Medical and sanitary report of the native army of Bengal for the year
Year: 1877
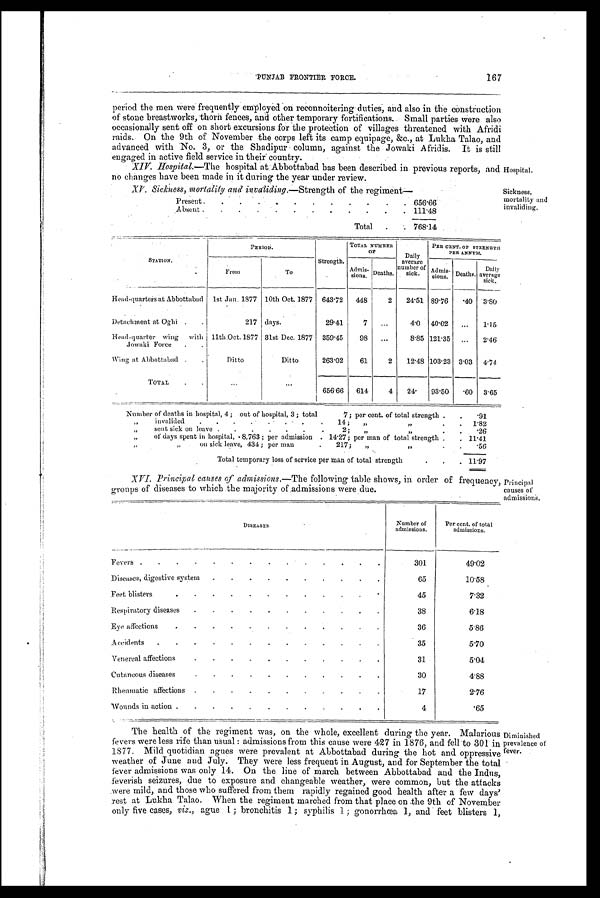
167
PUNJAB FRONTIER, FORCE.
period the men Were frequently employed on reconnoitering duties, and also in the construction
of stone breastworks, thorn fences, and other temporary fortifications. Small parties were also
occasionally sent off on short excursions for the protection of villages threatened with Afridi
raids. On the 9th of November the corps left its camp equipage, &c., at Lukha Talao, and
advanced with No. 3, or the Shadipur column, against the Jowaki Afridis. It is still
engaged in active field service in their country.
Hospital.—The
hospital at Abbottabad has been described in previous reports, and
no changes have been made in it during the year under review.
Sickness, morality and invaliding.—Strength of the regiment
Present
.
.
.
.
.
.
.
. .
. . 656.66
Absent
.
.
.
.
.
.
.
.
.
.
. 111.48
Total
.
. 768.14
Hospital.
Sickness,
mortality and
invaliding,
STATION.
PERIOD
Strength.
TOTAL NUMBER
O F
Daily
average
number of
sick.
PER CENT. OF STRENGTH
PER ANNUM.
From
To
Ad mis-
sions. Deaths,
Admis-
sions. Deaths.
Daily
average
sick.
Head-quarters at Abbottabad
1st Jan. 1877 10th Oct. 1877 643.72
448
2
24.51 89.76
. 40 3.80
Detachment at Oghi
.
.
217 days.
29.41
7
...
4.0
40.02
...
1.15
Head-quarter wing
with
.Jowaki Force
11th 0ct. 1877 31st Dec. 1877
359.45
98
...
8.85 121.35
...
2.46
Wing at Abbottabad .
.
Ditto
Ditto
263.02
61
2
12.48 103.23 3.03
4.74
TOTAL
.
.
. . .
...
656.66
614
4
24.
93.50
. 60 3.65
Number of deaths in hospital, 4; out of hospital, 3; total
7; per cent. of total strength .
.
.91
„
invalided
.
.
.
.
.
.
.
.
14;
,, ,,
.
.
1.82
„
sent sick on leave .
.
.
.
.
.
.
2;
„
,,
.
.
.26
,,
of days spent in hospital, 8,763; per admission . 14.27; per man of total strength .
. 11.41
,,
„
on sick leave, 434; per man
.
217;
,, ,,
.
.
.56
Total temporary loss of service per man of total strength
.
.
. 11.97
XVI. Principal causes of admissions.—The following table shows, in order of frequency,
groups of diseases to which the majority of admissions were due.
Principal
causes of
admissions.
DISEASES.
Number of
admissions.
Per cent. of total
admissions.
Fevers .
.
.
.
.
.
.
.
.
.
.
.
.
.
301
49.02
Diseases, digestive system
.
.
.
.
.
.
.
.
.
.
65
10.58
Feet blisters
.
.
.
.
.
.
.
.
.
.
.
.
45
7.32
Respiratory diseases
.
.
.
.
.
.
.
.
.
.
.
38
6.18
Eye affections
.
.
.
.
.
.
.
.
.
.
.
.
36
5.86
Accidents
.
.
.
.
.
.
.
.
.
.
.
.
.
35
5.70
Venereal affections
.
.
.
.
.
.
.
.
.
.
.
31
5.04
Cutaneous diseases
.
.
.
.
.
.
.
.
.
.
.
30
4.88
Rheumatic affections
.
.
.
.
.
.
.
.
.
.
.
17
2.76
Wounds in action .
.
.
.
. .
.
.
.
.
.
.
4
.65
The health of the regiment was, on the whole, excellent during the year. Malarious
fevers were less rife than usual: admissions from this cause were 427 in 1876, and fell to 301 in
1877. Mild quotidian agues were prevalent at Abbottabad during the hot and oppressive
weather of June and July. They were less frequent in August, and for September the total
fever admissions was only 14. On the line of' march between Abbottabad and the Indus,
feverish seizures, due to exposure and changeable weather, were common, but the attacks
were mild, and those who suffered from them rapidly regained good health after a few days'
rest at Lukha Talao. When the regiment marched from that place on the 9th of November
only five cases, viz ., ague . 1; bronchitis 1; syphilis 1; gonorrhœa 1, and feet blisters 1,
Diminished
prevalence of
fever.